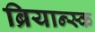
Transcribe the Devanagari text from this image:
ब्रियान्स्क